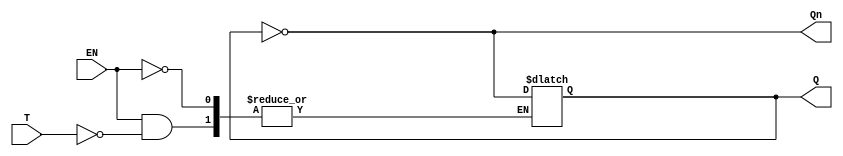
module Gated_T_Latch (
    input wire T,        // Toggle input
    input wire EN,       // Enable signal
    output reg Q,        // Output
    output wire Qn       // Complementary output
);

    assign Qn = ~Q;      // Complementary output

    always @(EN or T) begin
        if (EN) begin
            if (T) begin
                Q <= ~Q; // Toggle the output
            end
            // If T is 0, Q remains unchanged
        end
        // If EN is 0, Q remains unchanged
    end

endmodule